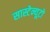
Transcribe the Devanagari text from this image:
सास्टेन्यूटो